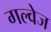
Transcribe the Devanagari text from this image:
गल्वेज